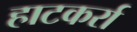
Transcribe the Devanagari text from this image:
हाटकर्रा